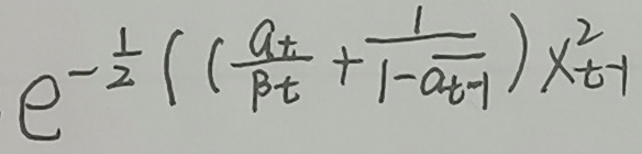
\[
e^{-\frac{1}{2}\left(\left(\frac{a_t}{\beta_t}+\frac{1}{1 - a_{t - 1}}\right)x_{t - 1}^2\right)}
\]